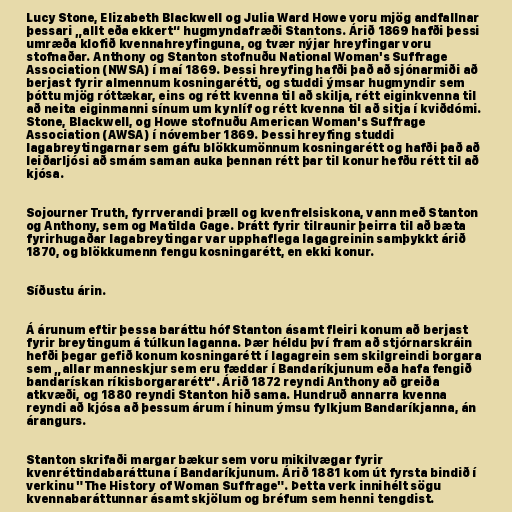
Lucy Stone, Elizabeth Blackwell og Julia Ward Howe voru mjög andfallnar
þessari „allt eða ekkert“ hugmyndafræði Stantons. Árið 1869 hafði þessi
umræða klofið kvennahreyfinguna, og tvær nýjar hreyfingar voru
stofnaðar. Anthony og Stanton stofnuðu National Woman's Suffrage
Association (NWSA) í maí 1869. Þessi hreyfing hafði það að sjónarmiði að
berjast fyrir almennum kosningarétti, og studdi ýmsar hugmyndir sem
þóttu mjög róttækar, eins og rétt kvenna til að skilja, rétt eiginkvenna til
að neita eiginmanni sínum um kynlíf og rétt kvenna til að sitja í kviðdómi.
Stone, Blackwell, og Howe stofnuðu American Woman's Suffrage
Association (AWSA) í nóvember 1869. Þessi hreyfing studdi
lagabreytingarnar sem gáfu blökkumönnum kosningarétt og hafði það að
leiðarljósi að smám saman auka þennan rétt þar til konur hefðu rétt til að
kjósa.

Sojourner Truth, fyrrverandi þræll og kvenfrelsiskona, vann með Stanton
og Anthony, sem og Matilda Gage. Þrátt fyrir tilraunir þeirra til að bæta
fyrirhugaðar lagabreytingar var upphaflega lagagreinin samþykkt árið
1870, og blökkumenn fengu kosningarétt, en ekki konur.

Síðustu árin.

Á árunum eftir þessa baráttu hóf Stanton ásamt fleiri konum að berjast
fyrir breytingum á túlkun laganna. Þær héldu því fram að stjórnarskráin
hefði þegar gefið konum kosningarétt í lagagrein sem skilgreindi borgara
sem „allar manneskjur sem eru fæddar í Bandaríkjunum eða hafa fengið
bandarískan ríkisborgararétt“. Árið 1872 reyndi Anthony að greiða
atkvæði, og 1880 reyndi Stanton hið sama. Hundruð annarra kvenna
reyndi að kjósa að þessum árum í hinum ýmsu fylkjum Bandaríkjanna, án
árangurs.

Stanton skrifaði margar bækur sem voru mikilvægar fyrir
kvenréttindabaráttuna í Bandaríkjunum. Árið 1881 kom út fyrsta bindið í
verkinu "The History of Woman Suffrage". Þetta verk innihélt sögu
kvennabaráttunnar ásamt skjölum og bréfum sem henni tengdist.